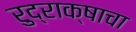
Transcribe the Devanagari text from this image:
रुद्राक्षाचा